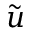
\tilde { u }